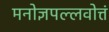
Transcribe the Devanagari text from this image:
मनोज्ञपल्लवोत्तं